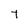
Character: t